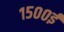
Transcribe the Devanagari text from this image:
१५००ई